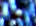
روايتك